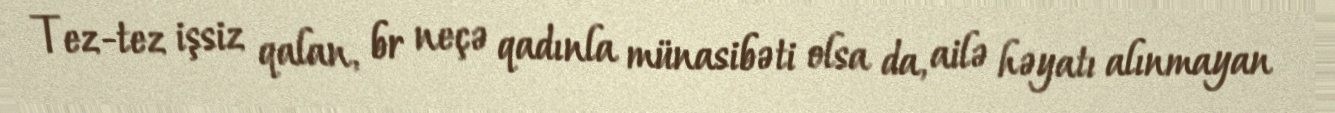
Tez-tez işsiz qalan, br neçə qadınla münasibəti olsa da, ailə həyatı alınmayan